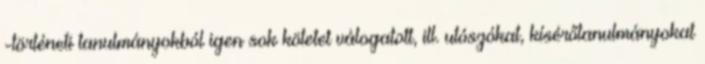
-történeti tanulmányokból igen sok kötetet válogatott, ill. utószókat, kísérőtanulmányokat